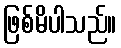
ဖြစ်မိပါသည်။